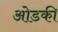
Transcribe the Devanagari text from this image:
ओडकी